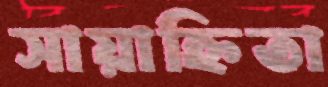
সায়াহ্নিতা